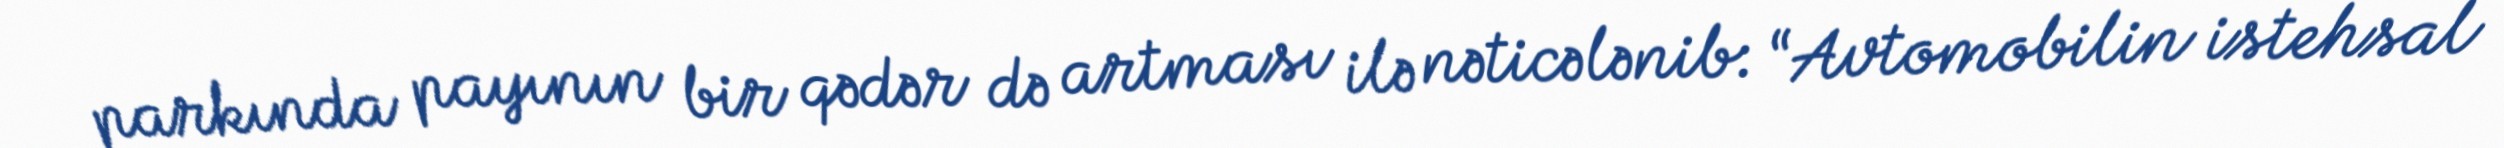
parkında payının bir qədər də artması ilə nəticələnib: “Avtomobilin istehsal